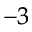
^ { - 3 }